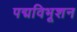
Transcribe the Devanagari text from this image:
पद्मविभूशन